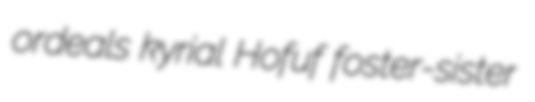
ordeals kyrial Hofuf foster-sister